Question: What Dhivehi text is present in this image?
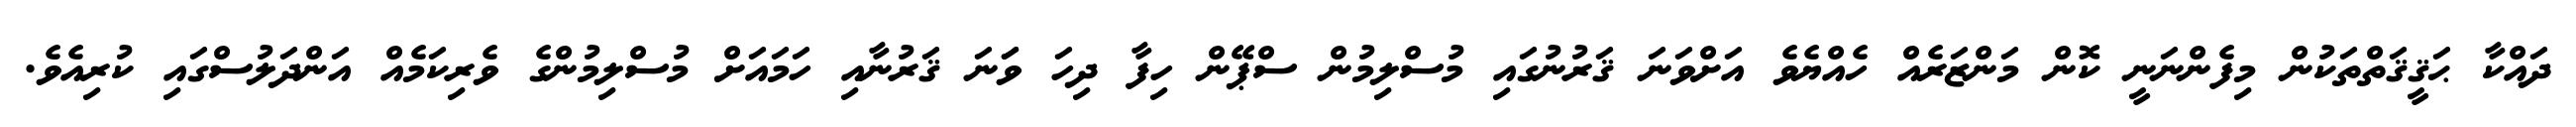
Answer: ދައްކާ ޙަޤީޤަތްތަކުން މިފެންނަނީ ކޮން މަންޒަރެއް ހެއްޔެވެ އަށްވަނަ ޤަރުނުގައި މުސްލިމުން ސްޕޭން ހިފާ ދިހަ ވަަނަ ޤަރުނާއި ހަމައަށް މުސްލިމުންގެ ވެރިކަމެއް އަންދަލުސްގައި ކުރިއެވެ.